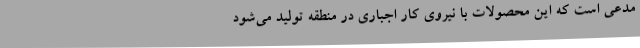
مدعی است که این محصولات با نیروی کار اجباری در منطقه تولید می‌شود